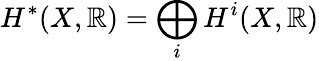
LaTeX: H^{*}(X,\mathbb{R})=\bigoplus_{i}H^{i}(X,\mathbb{R})